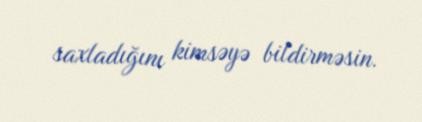
saxladığını kimsəyə bildirməsin.